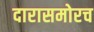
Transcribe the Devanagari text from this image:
दारासमोरच